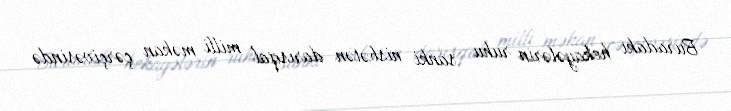
Buradakı hekayələrin ruhu sanki nisbətən darısqal milli məkan çərçivəsində